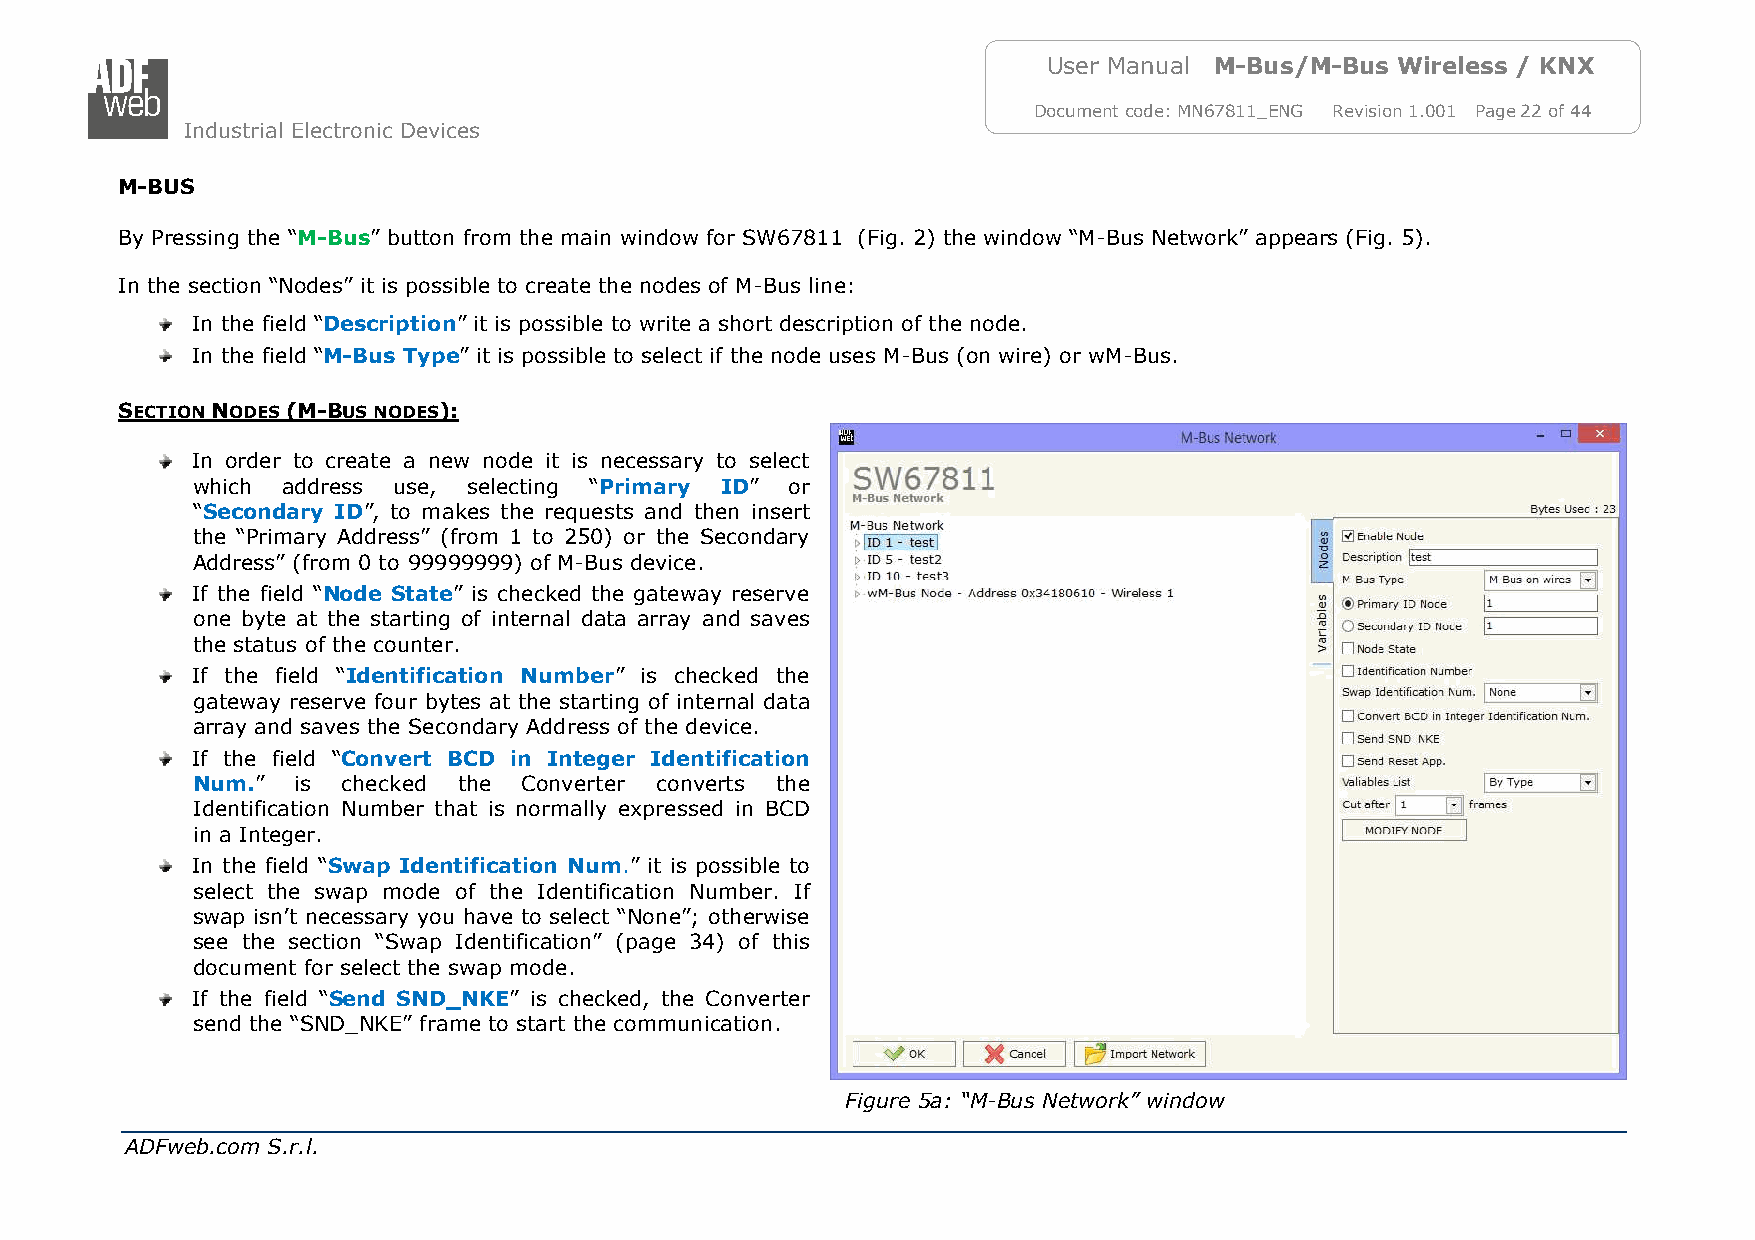
User Manual M-Bus/M-Bus Wireless / KNX
 Document code: MN67811_ENG Revision 1.001 Page 22 of 44
 Industrial Electronic Devices
 M-BUS
 By Pressing the “M-Bus” button from the main window for SW67811 (Fig. 2) the window “M-Bus Network” appears (Fig. 5).
 In the section “Nodes” it is possible to create the nodes of M-Bus line:
 In the field “Description” it is possible to write a short description of the node.
 In the field “M-Bus Type” it is possible to select if the node uses M-Bus (on wire) or wM-Bus.
 SECTION NODES (M-BUS NODES):
 In order to create a new node it is necessary to select
 which address use, selecting “Primary ID” or
 “Secondary ID”, to makes the requests and then insert
 the “Primary Address” (from 1 to 250) or the Secondary
 Address” (from 0 to 99999999) of M-Bus device.
 If the field “Node State” is checked the gateway reserve
 one byte at the starting of internal data array and saves
 the status of the counter.
 If the field “Identification Number” is checked the
 gateway reserve four bytes at the starting of internal data
 array and saves the Secondary Address of the device.
 If the field “Convert BCD in Integer Identification
 Num.”  is checked the Converter converts the
 Identification Number that is normally expressed in BCD
 in a Integer.
 In the field “Swap Identification Num.” it is possible to
 select the swap mode of the Identification Number. If
 swap isn’t necessary you have to select “None”; otherwise
 see the section “Swap Identification” (page 34) of this
 document for select the swap mode.
 If the field “Send SND_NKE” is checked, the Converter
 send the “SND_NKE” frame to start the communication.
 Figure 5a: “M-Bus Network” window
 ADFweb.com S.r.l.